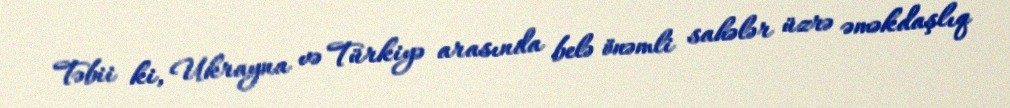
Təbii ki, Ukrayna və Türkiyə arasında belə önəmli sahələr üzrə əməkdaşlıq